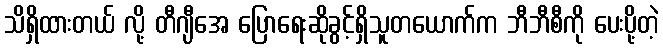
သိရှိထားတယ် လို့ တီဂျီအေ ပြောရေးဆိုခွင့်ရှိသူတယောက်က ဘီဘီစီကို ပေးပို့တဲ့